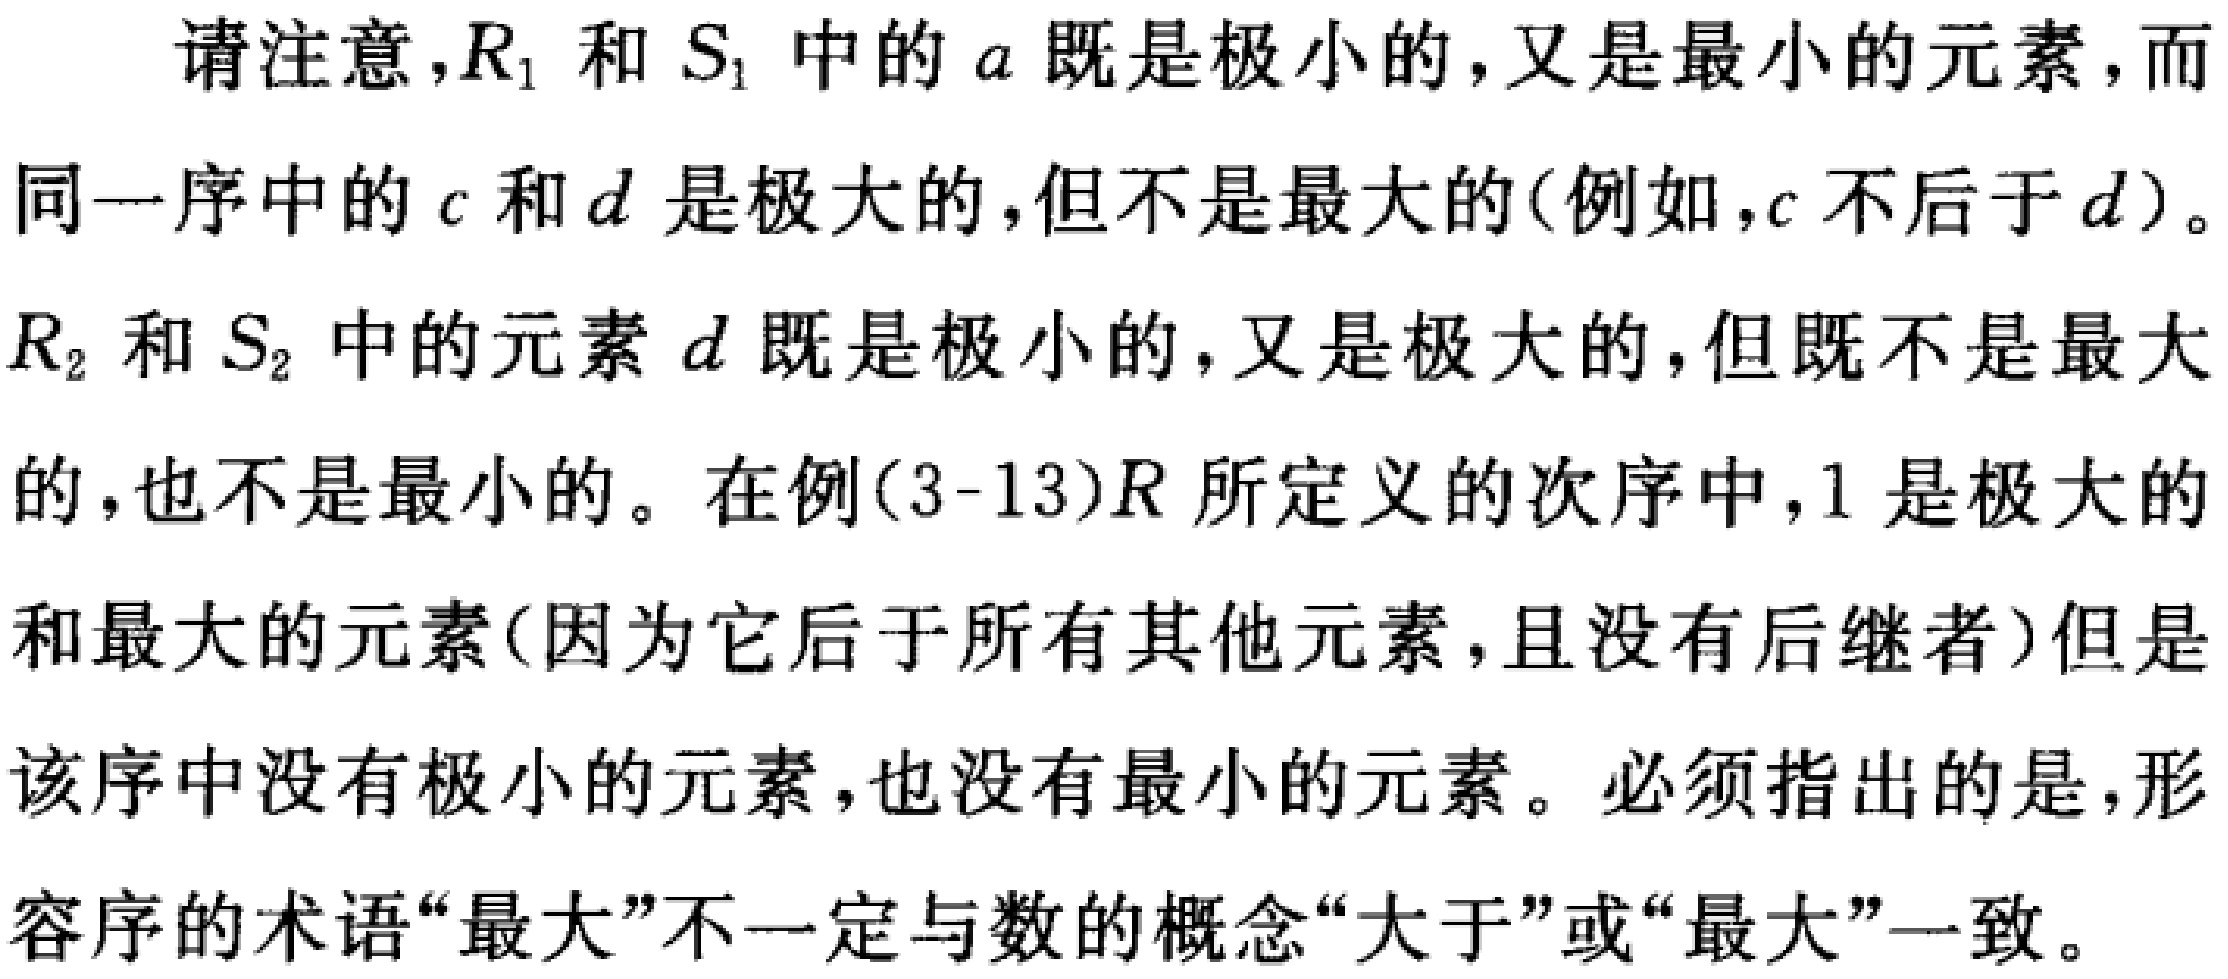
请注意，$R_1$ 和 $S_1$ 中的 $a$ 既是极小的，又是最小的元素，而
同一序中的 $c$ 和 $d$ 是极大的，但不是最大的(例如，$c$ 不后于 $d$)。
$R_2$ 和 $S_2$ 中的元素 $d$ 既是极小的，又是极大的，但既不是最大
的，也不是最小的。在例(3-13)$R$ 所定义的次序中，1 是极大的
和最大的元素(因为它后于所有其他元素，且没有后继者)但是
该序中没有极小的元素，也没有最小的元素。必须指出的是，形
容序的术语“最大”不一定与数的概念“大于”或“最大”一致。